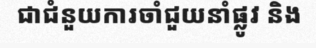
ជាជំនួយការចាំជួយនាំផ្លូវ និង